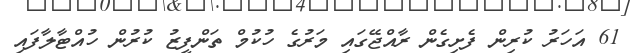
61 އަހަރު ކުރިން ފެށިގެން ރާއްޖޭގައި މަރުގެ ހުކުމް ތަންފީޒު ކުރުން ހުއްޓާލާފައި